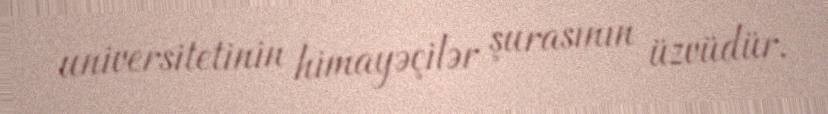
universitetinin himayəçilər şurasının üzvüdür.